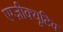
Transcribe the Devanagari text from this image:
एग्ज़ीक्यूटिव